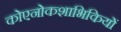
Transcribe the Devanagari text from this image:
कोएनोकशाभिकियों